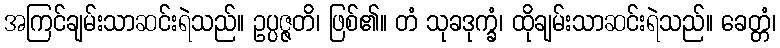
အကြင်ချမ်းသာဆင်းရဲသည်။ ဥပ္ပဇ္ဇတိ၊ ဖြစ်၏။ တံ သုခဒုက္ခံ၊ ထိုချမ်းသာဆင်းရဲသည်။ ခေတ္တံ၊